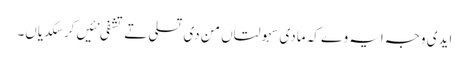
ایدی وجہ ایہ وے کہ مادی سہولتاں من دی تسلی تے تشفی نئیں کر سکدیاں۔